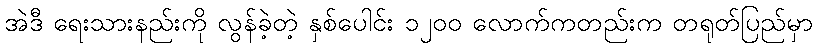
အဲဒီ ရေးသားနည်းကို လွန်ခဲ့တဲ့ နှစ်ပေါင်း ၁၂၀၀ လောက်ကတည်းက တရုတ်ပြည်မှာ